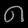
Digit: ၈